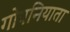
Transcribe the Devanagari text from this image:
गोपनियाता